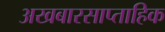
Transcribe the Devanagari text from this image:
अखबारसाप्ताहिक